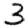
Digit: 3